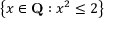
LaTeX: \left\{ x \in \mathbf { Q } : x ^ { 2 } \leq 2 \right\}